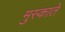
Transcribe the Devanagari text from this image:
मुस्काते